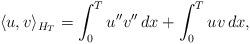
LaTeX: \begin{align*}\langle u, v\rangle_{H_T}=\int_0^Tu''v''\, dx+\int_0^T uv\, dx,\end{align*}